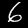
Digit: 6